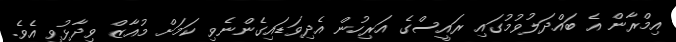
އިމްރާން އެ ބައްދަލުވުމުގައި ރައީސްގެ އަރިހުން އެދިވަޑައިގެންނެވި ކަމަށް މުއާޒް ވިދާޅުވި އެވެ.